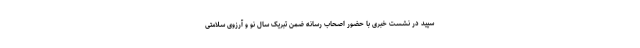
سپید در نشست خبری با حضور اصحاب رسانه ضمن تبریک سال نو و آرزوی سلامتی